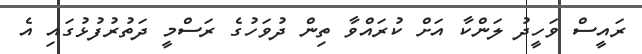
ރައީސް ވަހީދު ލަންކާ އަށް ކުރައްވާ ތިން ދުވަހުގެ ރަސްމީ ދަތުރުފުޅުގައި އެ